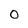
Character: 0